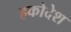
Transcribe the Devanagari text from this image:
हकोदेश